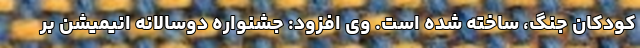
کودکان جنگ، ساخته شده‌ است. وی افزود: جشنواره دوسالانه انیمیشن بر